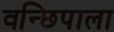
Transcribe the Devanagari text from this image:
वन्छिपाला